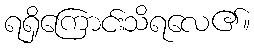
ရရှိကြောင်းသိရလေ၏။